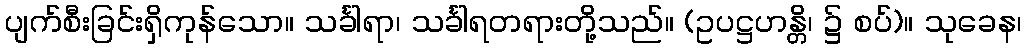
ပျက်စီးခြင်းရှိကုန်သော။ သင်္ခါရာ၊ သင်္ခါရတရားတို့သည်။ (ဥပဋ္ဌဟန္တိ၊ ၌ စပ်)။ သုခေန၊